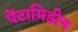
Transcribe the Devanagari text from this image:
पेंटामिडीन